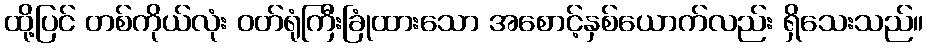
ထို့ပြင် တစ်ကိုယ်လုံး ဝတ်ရုံကြီးခြုံထားသော အစောင့်နှစ်ယောက်လည်း ရှိသေးသည်။